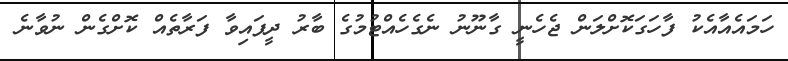
ހަމައެއާއެކު ފާހަގަކޮށްލަން ޖެހެނީ ގާނޫނު ނެގެހެއްޓުމުގެ ބާރު ދީފައިވާ ފަރާތެއް ކޮށްގެން ނުވާނެ